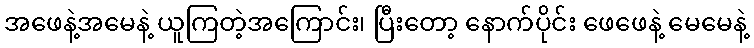
အဖေနဲ့အမေနဲ့ ယူကြတဲ့အကြောင်း၊ ပြီးတော့ နောက်ပိုင်း ဖေဖေနဲ့ မေမေနဲ့